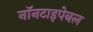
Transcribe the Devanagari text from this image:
नॉनटाइपेबल